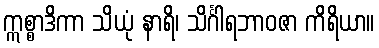
ဣစ္စာဒိကာ သိယုံ နာရိ၊ သိင်္ဂါရဘာဝဇာ ကိရိယာ။